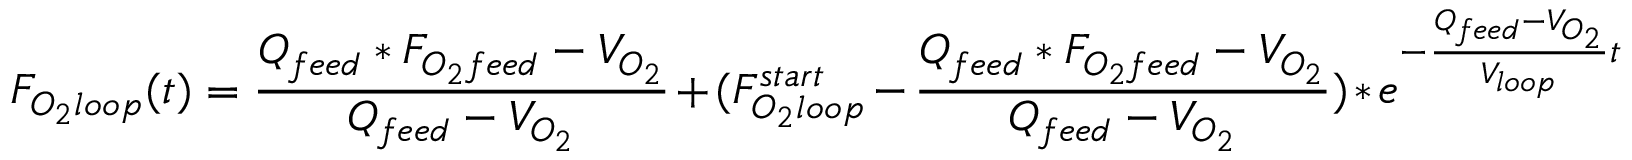
F _ { O _ { 2 } l o o p } ( t ) = { \frac { Q _ { f e e d } * F _ { O _ { 2 } f e e d } - V _ { O _ { 2 } } } { Q _ { f e e d } - V _ { O _ { 2 } } } } + ( F _ { O _ { 2 } l o o p } ^ { s t a r t } - { \frac { Q _ { f e e d } * F _ { O _ { 2 } f e e d } - V _ { O _ { 2 } } } { Q _ { f e e d } - V _ { O _ { 2 } } } } ) * e ^ { - { \frac { Q _ { f e e d } - V _ { O _ { 2 } } } { V _ { l o o p } } } t }